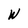
Character: W